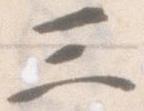
三